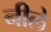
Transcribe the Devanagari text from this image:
नीले